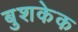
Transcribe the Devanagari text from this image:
बुशकेक